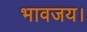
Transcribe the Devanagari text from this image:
भावजय।